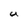
Character: u